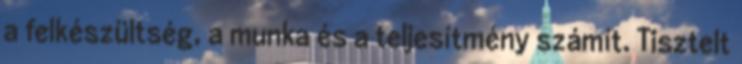
a felkészültség, a munka és a teljesítmény számít. Tisztelt